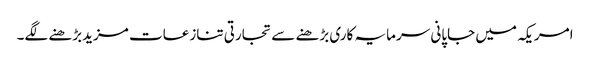
امریکہ میں جاپانی سرمایہ کاری بڑھنے سے تجارتی تنازعات مزیدبڑھنے لگے۔